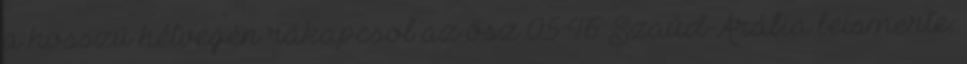
a hosszú hétvégén rákapcsol az ősz 05:46 Szaúd-Arábia beismerte: